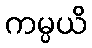
ကမ္ပယိ